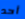
أحد